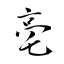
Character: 亳